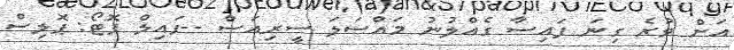
އަށް ވުރެ ގިނަ ފައިސާ ގެއްލުނު މައްސަލަ ސީރިއަސް --ފައިލް ފޮޓޯ: ޕޮލިސް